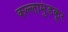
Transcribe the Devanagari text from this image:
कल्लामुंडकूर